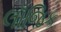
લૉજિક